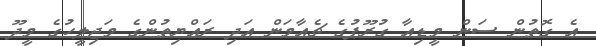
އެ ގޮތުން ސަން މީޑިއާ ގުރޫޕުގެ ޗެއާމަން އަދި ރައްޔިތުންގެ މަޖިލީހުގެ މީދޫ